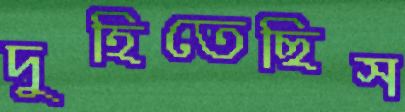
দুহিতেছিস